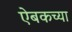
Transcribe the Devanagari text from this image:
ऐबकच्या